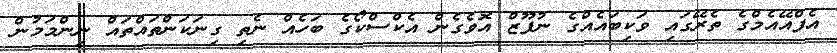
އެފްއޭއެމްގެ ތެރޭގައި ވަކިބައެއްގެ ނުފޫޒް އޮވެގެން އެކްސްކޯގެ ބަހެއް ނެތި ގިނަކަންތައްތައް ނިންމަމުން